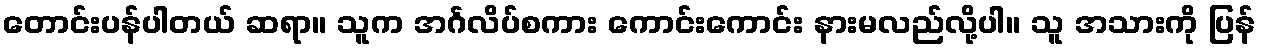
တောင်းပန်ပါတယ် ဆရာ။ သူက အင်္ဂလိပ်စကား ကောင်းကောင်း နားမလည်လို့ပါ။ သူ အသားကို ပြန်